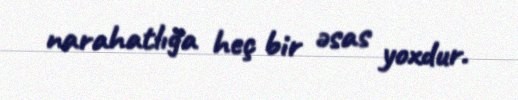
narahatlığa heç bir əsas yoxdur.